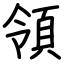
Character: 領